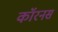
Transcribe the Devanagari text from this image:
कॉरनस